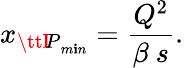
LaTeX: x_{{\ttI\! P}_{m\mathbf{i}n}}=\frac{{Q^{2}}}{{\beta\ s}}.